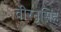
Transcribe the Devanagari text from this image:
वीरनृसिंह